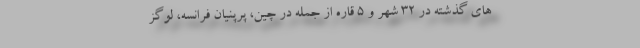
های گذشته در ۳۲ شهر و ۵ قاره از جمله در چین، پرپنیان فرانسه، لوگز